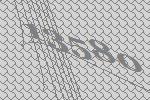
13580